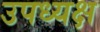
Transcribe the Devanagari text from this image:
उपध्यक्ष